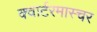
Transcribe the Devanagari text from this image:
क्वार्टरमास्चर